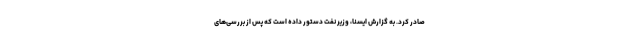
صادر کرد. به گزارش ایسنا، وزیر نفت دستور داده است که پس از بررسی‌های